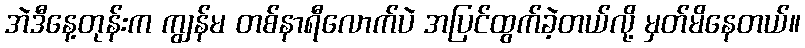
အဲဒီနေ့တုန်းက ကျွန်မ တစ်နာရီလောက်ပဲ အပြင်ထွက်ခဲ့တယ်လို့ မှတ်မိနေတယ်။